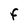
Character: F